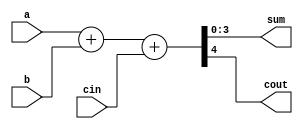
module FullAdder_Behavioural(a,b,cin,sum,cout);
input [3:0]a,b;
input cin;
output wire [3:0]sum;
output wire cout;
wire [4:0]temp;
assign temp=a+b+cin;
assign sum=temp[3:0];
assign cout=temp[4];
endmodule